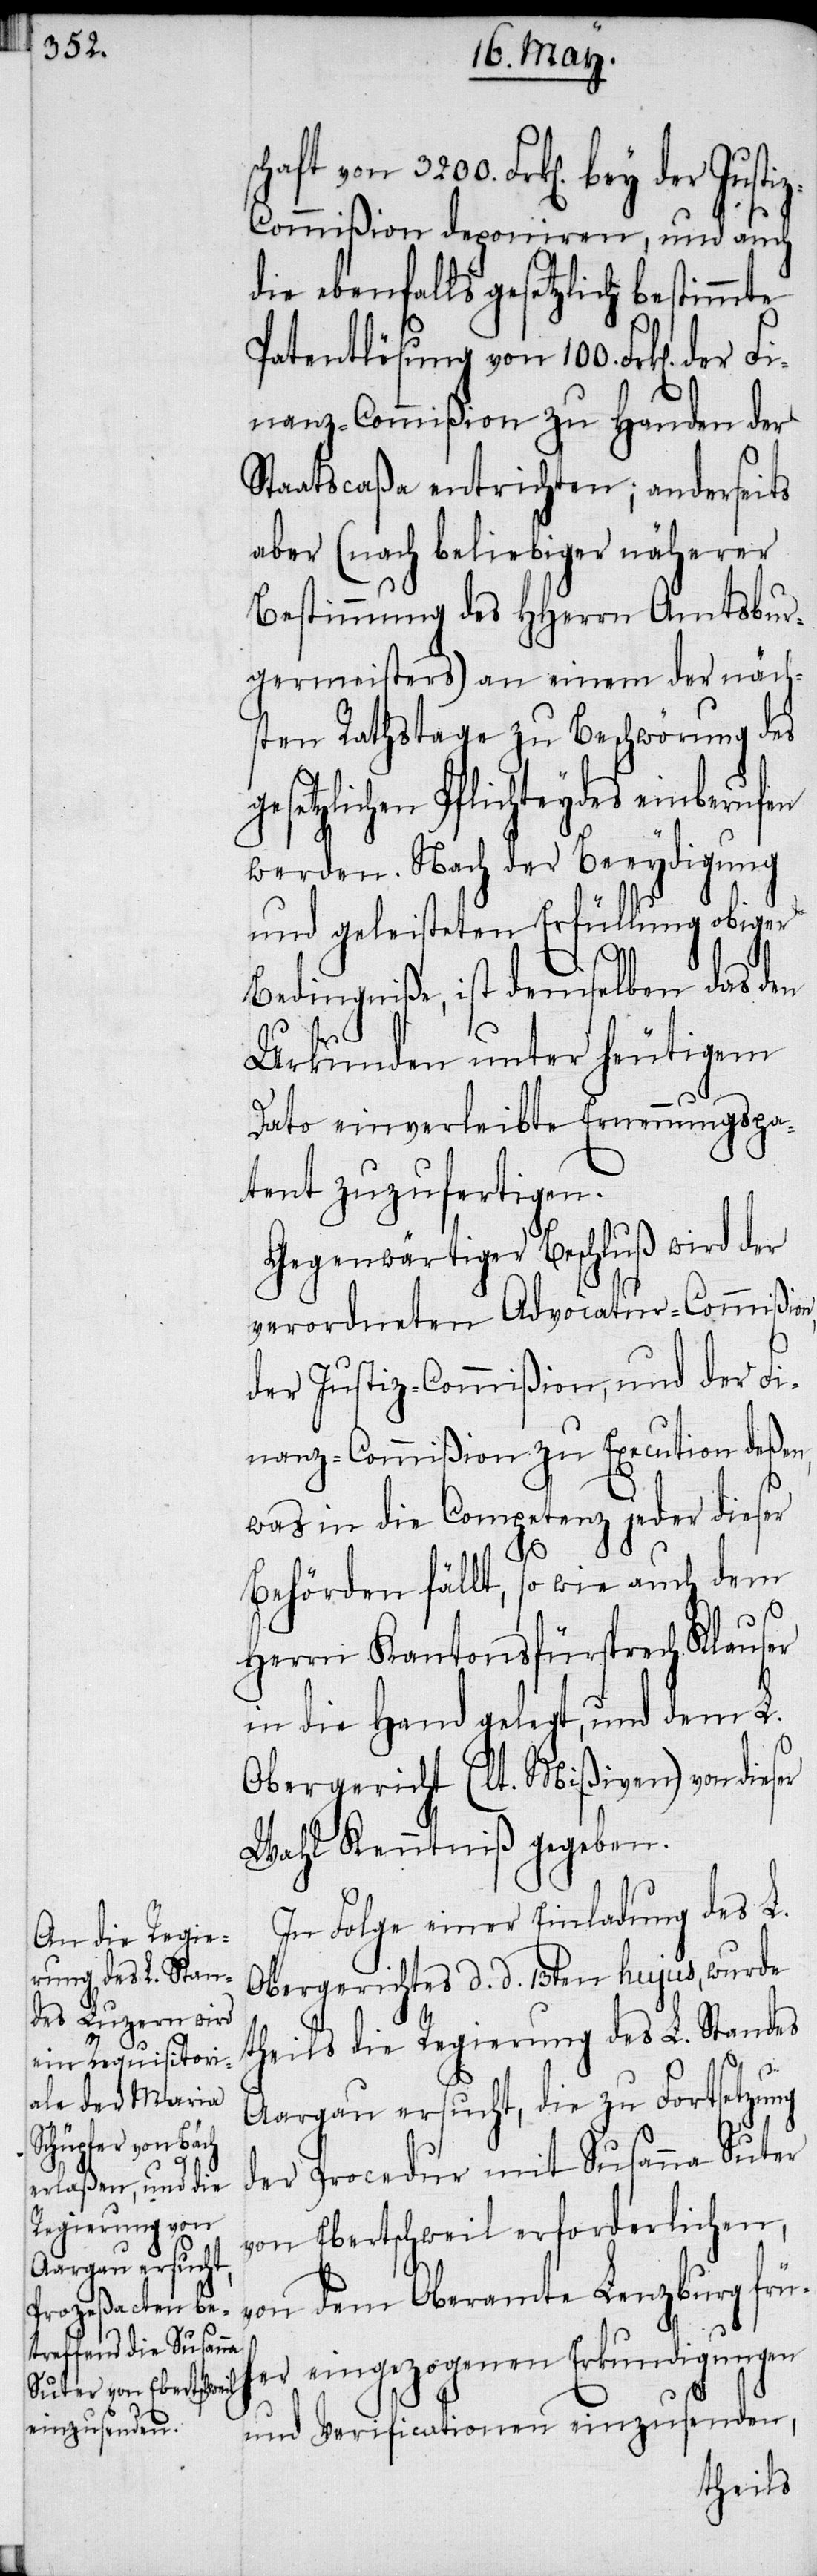
die ebenfalls gesetzlich bestimmte
Patentlösung von 100. Frk[en]. der
Finanz-Commißion zu Handen der
Staatscaßa entrichten; anderseits
aber (nach beliebiger näherer
Bestimmung des HHerrn Amtsbur¬
germeisters) an einem der näch¬
sten Rathstage zu Beschwörung des
etzlichen Pflichteydes einberufen
werden. Nach der Beeydigung
und geleisteten Erfüllung obiger
Bedingniße, ist demselben das den
Urkunden unter heutigem
Dato einverleibte Ernennungspa¬
tent zuzufertigen.
Gegenwärtiger Beschluß wird der
verordneten Advocatur-Commißion
der Justiz-Commißion, und der Fi¬
nanz-Commißion zu Execution deßen,
was in die Competenz jeder dieser
ges¬
Behörden fällt, so wie auch dem
Herrn Kantonsfürsprech Klauser
in die Hand gelegt, und dem L.
Obergericht (lt. Mißiven) von dies¬
Wahl Kenntniß gegeben.
In Folge einer Einladung des L.
Obergerichtes d. d. 13ten hujus, wurde
theils die Regierung des L. Standes
Aargau ersucht, die zu Fortsetzung
der Procedur mit Susanna Suter
von Ebertschweil erforderlichen,
von dem Oberamte Lenzburg früh¬
eingezogenen Erkundigungen
er
und Verificationen einzusenden,